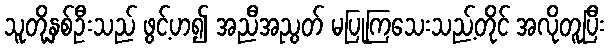
သူတို့နှစ်ဦးသည် ဖွင့်ဟ၍ အညီအညွတ် မပြုကြသေးသည့်တိုင် အလိုတူပြီး